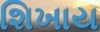
શિખાય